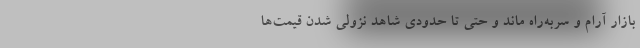
بازار آرام و سربه‌راه ماند و حتی تا حدودی شاهد نزولی شدن قیمت‌ها